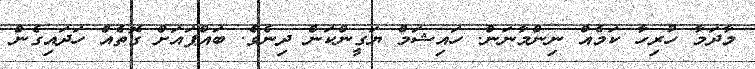
މާދަމާ ހުރިހާ ކަމެއް ނިންމާނަން. ހައިޝަމް ޔަގީންކަން ދިނެވެ. ބައްޕައަށް ގޮތެއް ހަދައިގެން